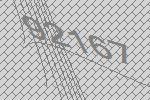
92167